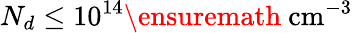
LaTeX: N_{d}\leq 10^{14}\ensuremath{~\mathrm{cm}^{-3}}